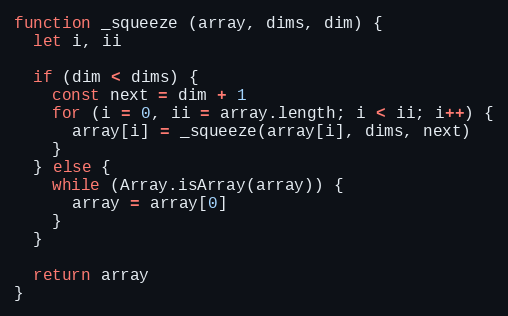
Language: JavaScript
function _squeeze (array, dims, dim) {
  let i, ii

  if (dim < dims) {
    const next = dim + 1
    for (i = 0, ii = array.length; i < ii; i++) {
      array[i] = _squeeze(array[i], dims, next)
    }
  } else {
    while (Array.isArray(array)) {
      array = array[0]
    }
  }

  return array
}